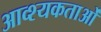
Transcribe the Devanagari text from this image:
आव्श्यकताओं